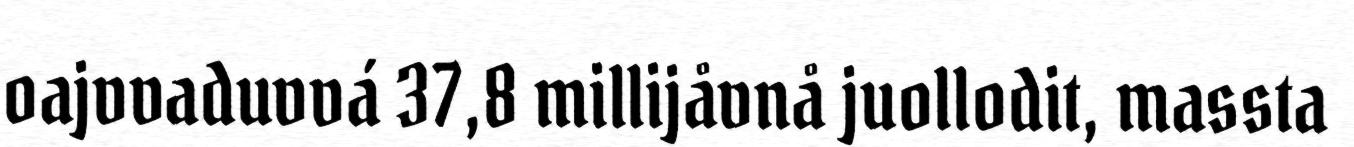
oajvvaduvvá 37,8 millijåvnå juollodit, massta